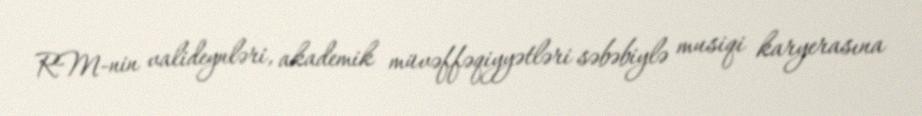
RM-nin valideynləri, akademik müvəffəqiyyətləri səbəbiylə musiqi karyerasına